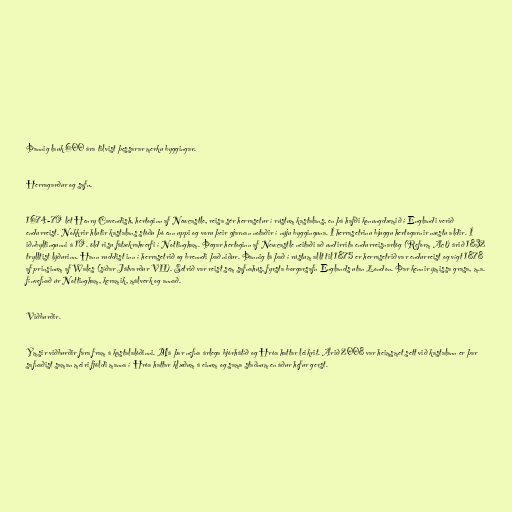
Þannig lauk 600 ára tilvist þessarar merku byggingar.

Herragarður og safn.

1674-79 lét Henry Cavendish, hertoginn af Newcastle, reisa sér herrasetur í rústum kastalans, en þá hafði konungdæmið í Englandi verið
endurreist. Nokkrir hlutir kastalans stóðu þó enn uppi og voru þeir gjarnan notaðir í nýju bygginguna. Í herrasetrinu bjuggu hertogarnir næstu aldir. Í
iðnbyltingunni á 19. öld risu fátækrahverfi í Nottingham. Þegar hertoginn af Newcastle neitaði að undirrita endurreisnarlög (Reform Act) árið 1832
trylltist lýðurinn. Hann ruddist inn í herrasetrið og brenndi það niður. Þannig lá það í rústum allt til 1875 er herrasetrið var endurreist og vígt 1878
af prinsinum af Wales (síðar Játvarður VII). Setrið var reist sem safnahús, fyrsta borgarsafn Englands utan London. Þar kennir ýmissa grasa, m.a.
fínvefnað úr Nottingham, keramik, málverk og annað.

Viðburðir.

Ýmsir viðburðir fara fram á kastalalóðinni. Má þar nefna árlega bjórhátíð og Hróa hattar leikrit. Árið 2008 var heimsmet sett við kastalann er þar
safnaðist saman meiri fjöldi manna í Hróa hattar klæðum á einum og sama staðnum en áður hefur gerst.